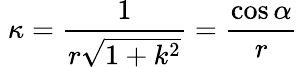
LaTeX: \; \kappa={\frac{1}{r{\sqrt{1+k^{2}}}}}={\frac{\cos\alpha}{r}}